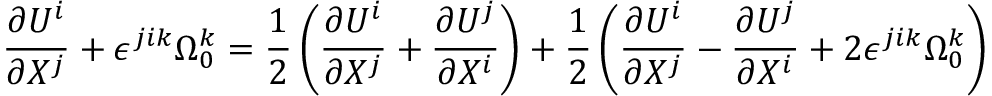
\frac { \partial U ^ { i } } { \partial X ^ { j } } + \epsilon ^ { j i k } \Omega _ { 0 } ^ { k } = \frac { 1 } { 2 } \left( { \frac { \partial U ^ { i } } { \partial X ^ { j } } + \frac { \partial U ^ { j } } { \partial X ^ { i } } } \right) + \frac { 1 } { 2 } \left( { \frac { \partial U ^ { i } } { \partial X ^ { j } } - \frac { \partial U ^ { j } } { \partial X ^ { i } } + 2 \epsilon ^ { j i k } \Omega _ { 0 } ^ { k } } \right)